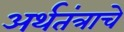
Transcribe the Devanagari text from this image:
अर्थतंत्राचे